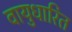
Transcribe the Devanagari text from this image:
वायुधारित